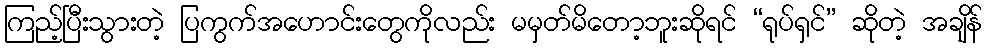
ကြည့်ပြီးသွားတဲ့ ပြကွက်အဟောင်းတွေကိုလည်း မမှတ်မိတော့ဘူးဆိုရင် “ရုပ်ရှင်” ဆိုတဲ့ အချိန်